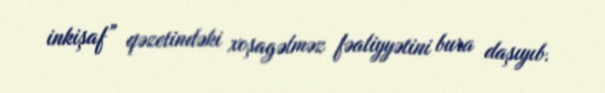
inkişaf” qəzetindəki xoşagəlməz fəaliyyətini bura daşıyıb.